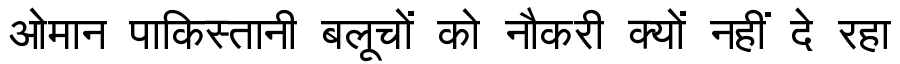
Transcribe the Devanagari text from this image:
ओमान पाकिस्तानी बलूचों को नौकरी क्यों नहीं दे रहा